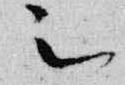
被